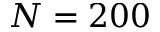
N = 2 0 0